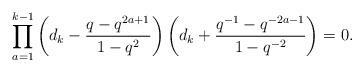
LaTeX: \begin{gather*} \prod_{a=1}^{k-1} \left(d_k-{q-q^{2a+1} \over 1-q^{2}}\right) \left(d_k+{q^{-1}-q^{-2a-1}\over 1-q^{-2}}\right)=0.\end{gather*}